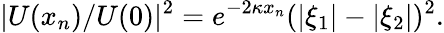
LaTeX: |U(x_{n})/U(0)|^{2}=e^{-2\kappa x_{n}}(|\xi_{1}|-|\xi_{2}|)^{2}.